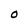
Character: O